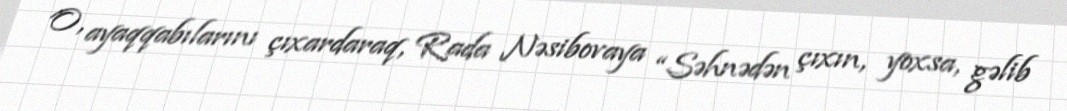
O, ayaqqabılarını çıxardaraq, Rada Nəsibovaya “Səhnədən çıxın, yoxsa, gəlib